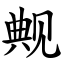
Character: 觍